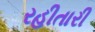
રહીતારી